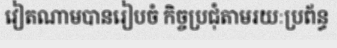
វៀតណាមបានរៀបចំ កិច្ចប្រជុំតាមរយៈប្រព័ន្ធ